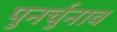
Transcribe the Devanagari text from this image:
पुनर्चुनाव